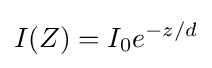
I(Z)=I_{0}e^{-z/d}